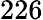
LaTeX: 226